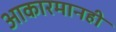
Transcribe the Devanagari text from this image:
आकारमानही